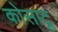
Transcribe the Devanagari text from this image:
कोसाटू